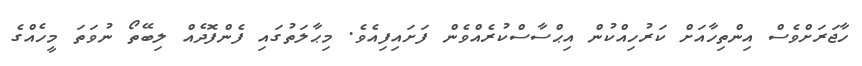
ހާޖަރަށްވެސް އިންތިހާއަށް ކަރުހިއްކުން އިޙްސާސްކުރެއްވެން ފަށައިފިއެވެ. މިޙާލަތުގައި ފެންފޮދެއް ލިބޭތޯ ނުވަތަ މީހެއްގެ